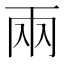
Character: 兩